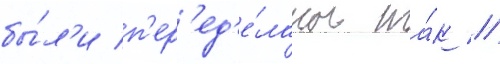
бы́л'и п'ер'ед'е́ланы та́к /